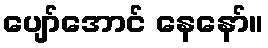
ပျော်အောင် နေနော်။